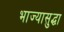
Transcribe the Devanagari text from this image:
भाज्यासुद्धा